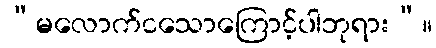
“မလောက်ငသောကြောင့်ပါဘုရား”။